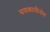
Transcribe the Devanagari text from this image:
समकालीनोम